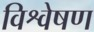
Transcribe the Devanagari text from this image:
विश्वेषण